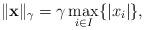
LaTeX: \begin{align*}\|{{\bf x}}\|_\gamma =\gamma\max_{i\in I}\{|x_i|\},\end{align*}